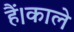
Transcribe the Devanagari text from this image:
हैं।काले